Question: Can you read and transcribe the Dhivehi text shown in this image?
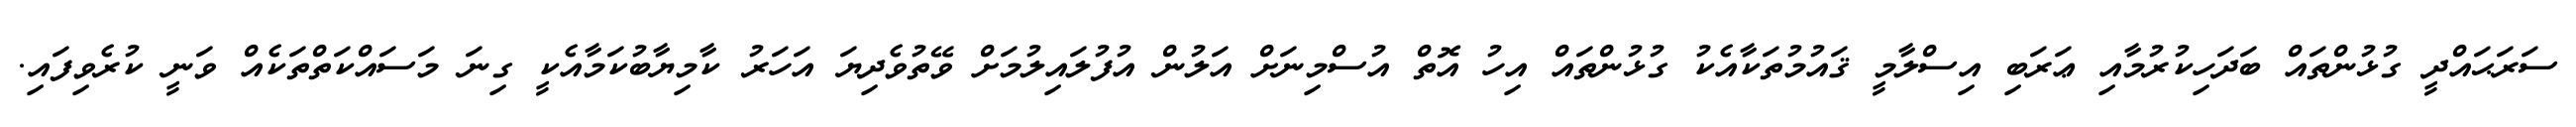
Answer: ސަރަޙައްދީ ގުޅުންތައް ބަދަހިކުރުމާއި ޢަރަބި އިސްލާމީ ޤައުމުތަކާއެކު ގުޅުންތައް އިހު އޮތް އުސްމިނަށް އަލުން އުފުލައިލުމަށް ވޭތުވެދިޔަ އަހަރު ކާމިޔާބުކަމާއެކީ ގިނަ މަސައްކަތްތަކެއް ވަނީ ކުރެވިފައި.